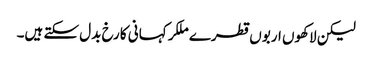
لیکن لاکھوں اربوں قطرے ملکر کہانی کا رخ بدل سکتے ہیں۔